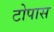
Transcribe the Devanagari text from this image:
टोपास